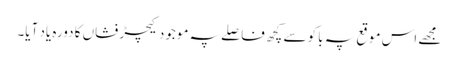
مجھے اس موقع پہ باکو سے کچھ فاصلے پہ موجود کیچڑ فشاں کا دورہ یاد آیا۔